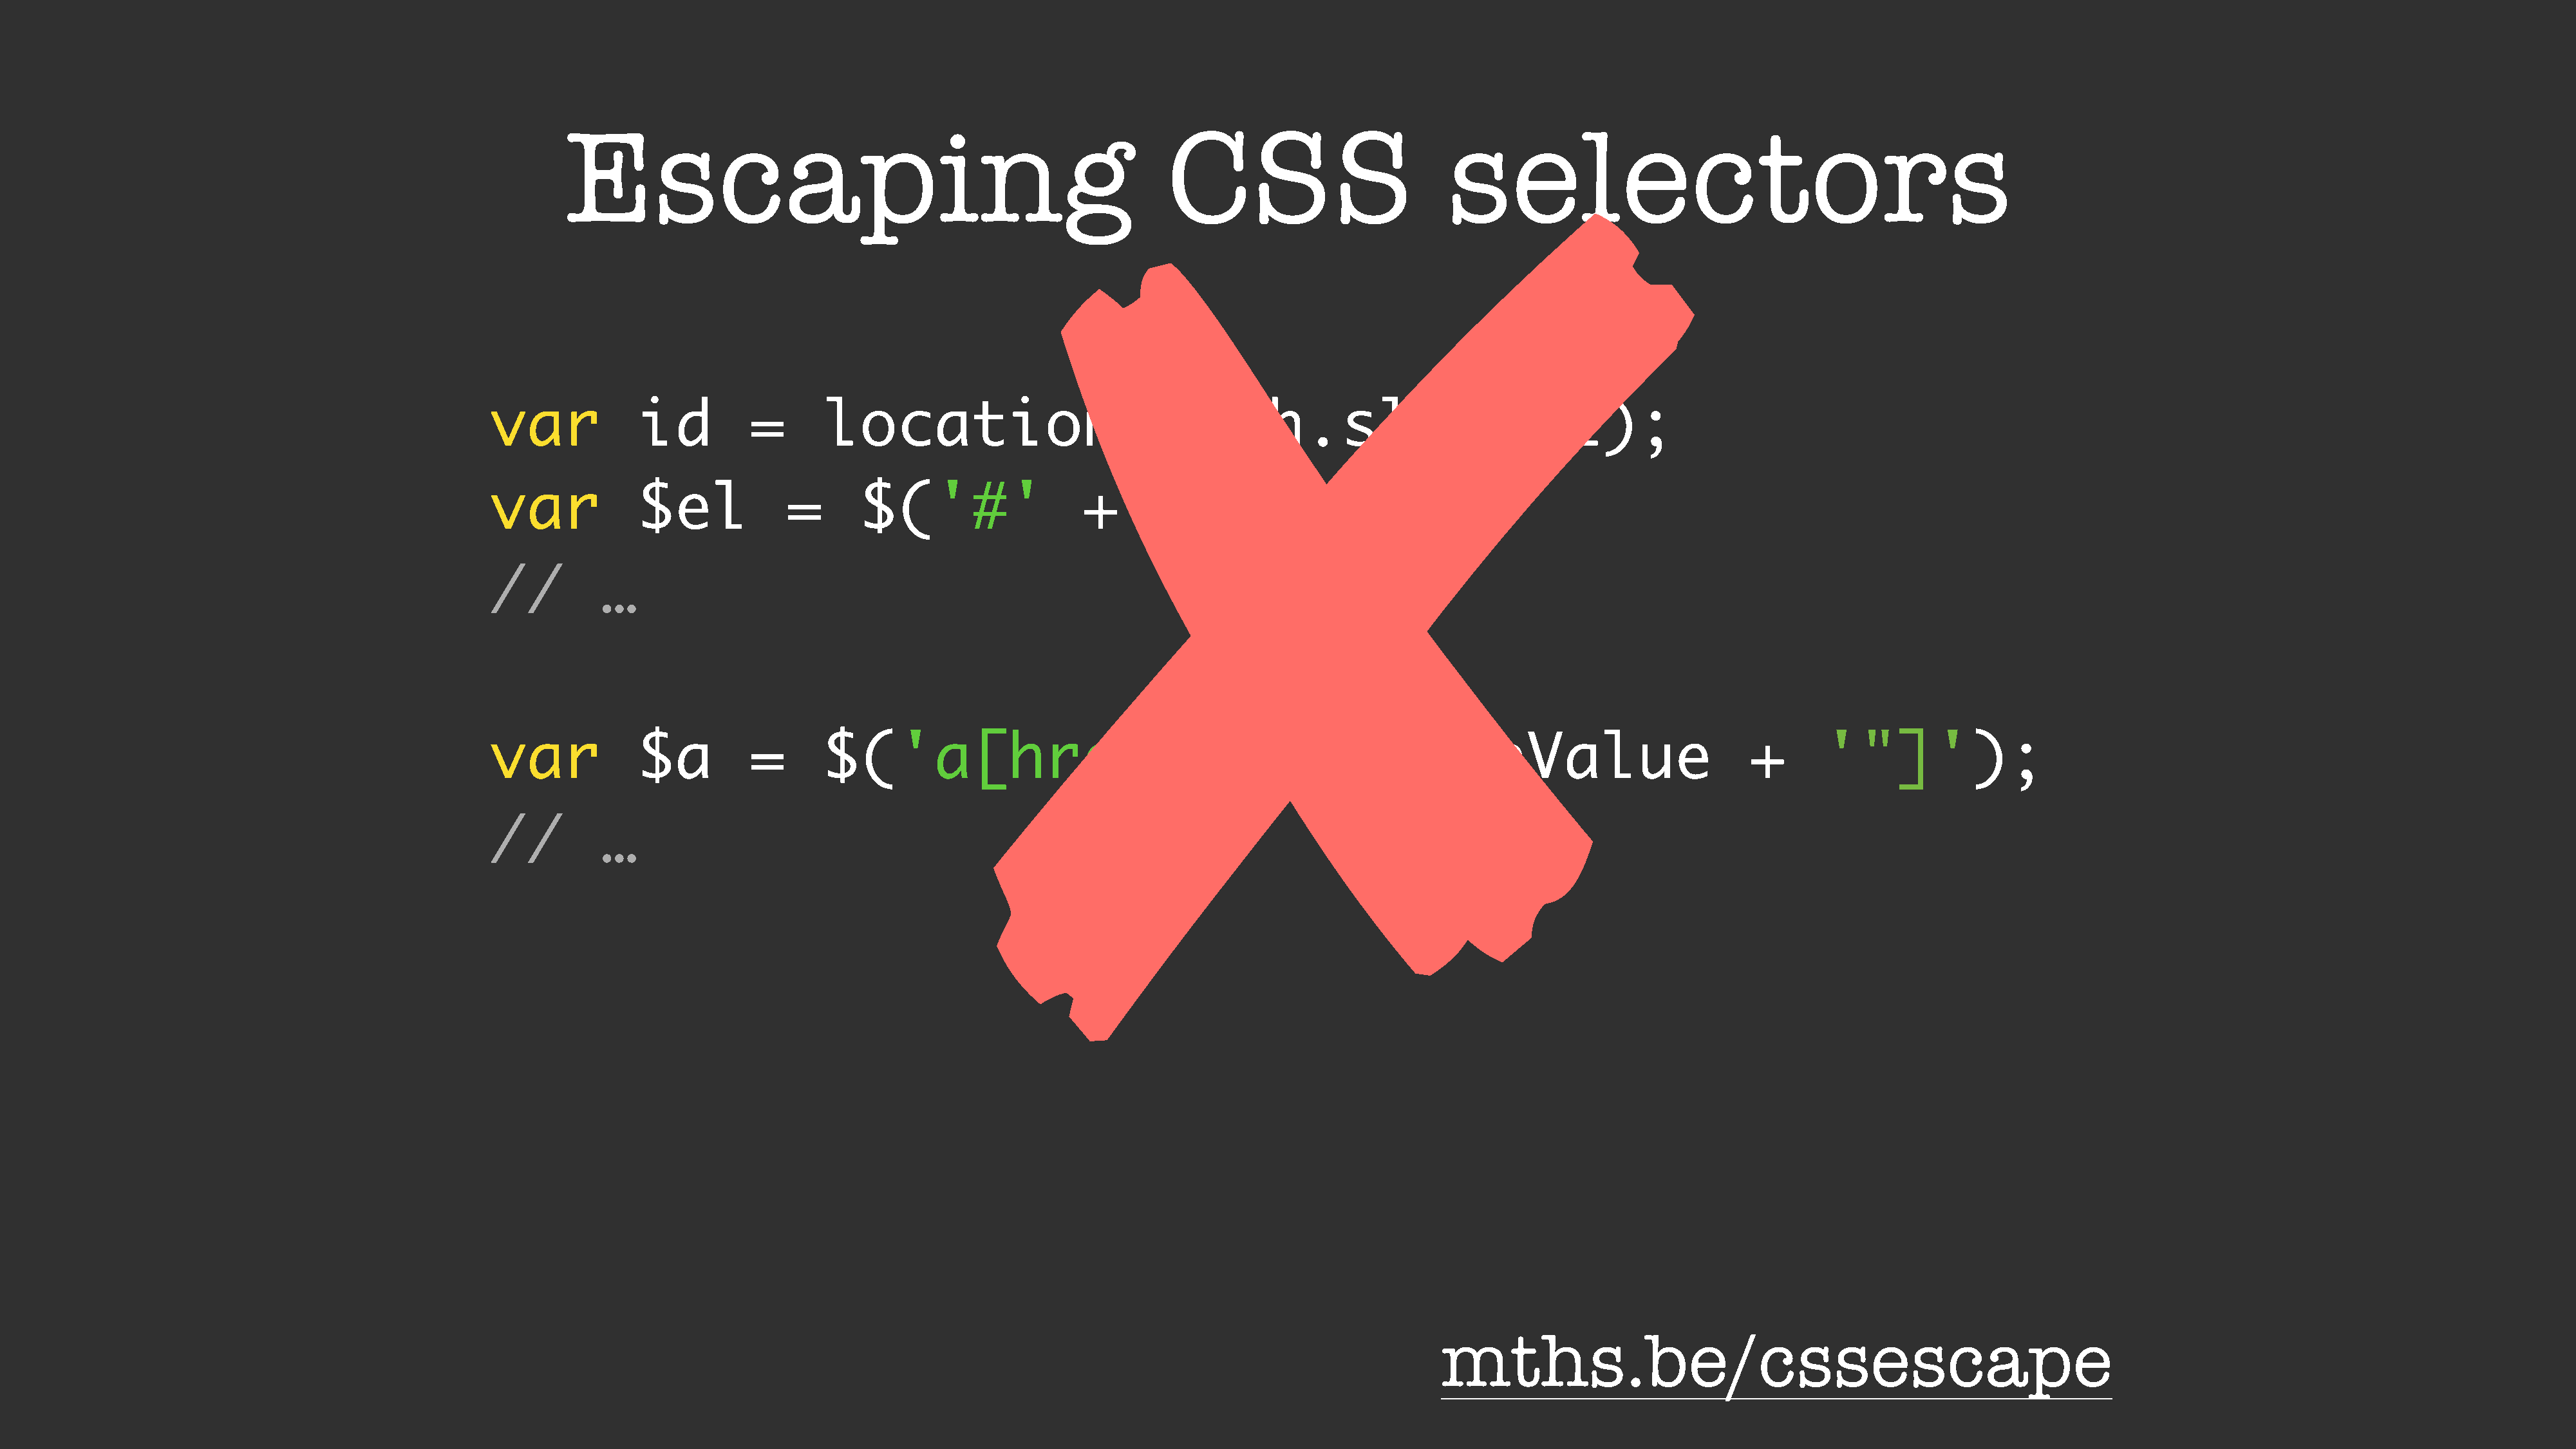
✘
 Escaping                                                      CSS                          selectors
 var             id         =       location.hash.slice(1);
 var             $el            =      $('#'                  +       id);
 //          …
 var             $a         =       $('a[href="'                                     +       someValue                             +      '"]');
 //          …
 mths.be/cssescape